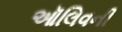
ઑલિવની